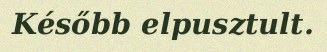
Később elpusztult.